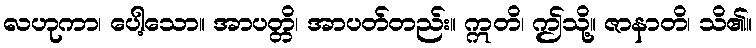
လဟုကာ၊ ပေါ့သော။ အာပတ္တိ၊ အာပတ်တည်း။ ဣတိ၊ ဤသို့။ ဇာနာတိ၊ သိ၏။